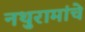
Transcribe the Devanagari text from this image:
नथुरामांचे